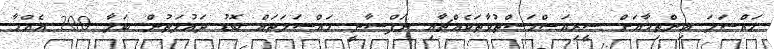
މައްސަލަ އިންތިހާއަށް ސީރިއަސްމަސްތުވާތަކެއްޗާއި ނަފްސާނީ މައްސަލަތައް ބޮޑު ދައުލަތުން ބަލާ 200 އެއްހާ